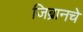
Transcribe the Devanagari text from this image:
जिब्रानचे